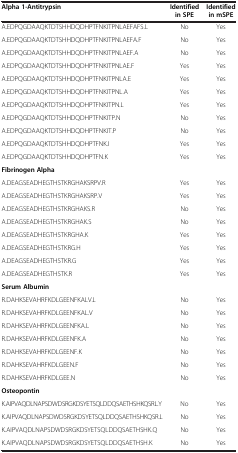
<table><thead><tr><td><b>Alpha 1-Antitrypsin</b></td><td><b>Identified in SPE</b></td><td><b>Identified in mSPE</b></td></tr></thead><tbody><tr><td>A.EDPQGDAAQKTDTSHHDQDHPTFNKITPNLAEFAFS.L</td><td>No</td><td>Yes</td></tr><tr><td>A.EDPQGDAAQKTDTSHHDQDHPTFNKITPNLAEFA.F</td><td>No</td><td>Yes</td></tr><tr><td>A.EDPQGDAAQKTDTSHHDQDHPTFNKITPNLAEF.A</td><td>No</td><td>Yes</td></tr><tr><td>A.EDPQGDAAQKTDTSHHDQDHPTFNKITPNLAE.F</td><td>Yes</td><td>Yes</td></tr><tr><td>A.EDPQGDAAQKTDTSHHDQDHPTFNKITPNLA.E</td><td>Yes</td><td>Yes</td></tr><tr><td>A.EDPQGDAAQKTDTSHHDQDHPTFNKITPNL.A</td><td>Yes</td><td>Yes</td></tr><tr><td>A.EDPQGDAAQKTDTSHHDQDHPTFNKITPN.L</td><td>Yes</td><td>Yes</td></tr><tr><td>A.EDPQGDAAQKTDTSHHDQDHPTFNKITP.N</td><td>No</td><td>Yes</td></tr><tr><td>A.EDPQGDAAQKTDTSHHDQDHPTFNKIT.P</td><td>No</td><td>Yes</td></tr><tr><td>A.EDPQGDAAQKTDTSHHDQDHPTFNK.I</td><td>Yes</td><td>Yes</td></tr><tr><td>A.EDPQGDAAQKTDTSHHDQDHPTFN.K</td><td>Yes</td><td>Yes</td></tr><tr><td><b>Fibrinogen Alpha</b></td><td> </td><td> </td></tr><tr><td>A.DEAGSEADHEGTHSTKRGHAKSRPV.R</td><td>Yes</td><td>Yes</td></tr><tr><td>A.DEAGSEADHEGTHSTKRGHAKSRP.V</td><td>Yes</td><td>Yes</td></tr><tr><td>A.DEAGSEADHEGTHSTKRGHAKS.R</td><td>No</td><td>Yes</td></tr><tr><td>A.DEAGSEADHEGTHSTKRGHAK.S</td><td>No</td><td>Yes</td></tr><tr><td>A.DEAGSEADHEGTHSTKRGHA.K</td><td>Yes</td><td>Yes</td></tr><tr><td>A.DEAGSEADHEGTHSTKRG.H</td><td>Yes</td><td>Yes</td></tr><tr><td>A.DEAGSEADHEGTHSTKR.G</td><td>Yes</td><td>Yes</td></tr><tr><td>A.DEAGSEADHEGTHSTK.R</td><td>Yes</td><td>Yes</td></tr><tr><td><b>Serum Albumin</b></td><td> </td><td> </td></tr><tr><td>R.DAHKSEVAHRFKDLGEENFKALV.L</td><td>No</td><td>Yes</td></tr><tr><td>R.DAHKSEVAHRFKDLGEENFKAL.V</td><td>No</td><td>Yes</td></tr><tr><td>R.DAHKSEVAHRFKDLGEENFKA.L</td><td>No</td><td>Yes</td></tr><tr><td>R.DAHKSEVAHRFKDLGEENFK.A</td><td>No</td><td>Yes</td></tr><tr><td>R.DAHKSEVAHRFKDLGEENF.K</td><td>No</td><td>Yes</td></tr><tr><td>R.DAHKSEVAHRFKDLGEEN.F</td><td>No</td><td>Yes</td></tr><tr><td>R.DAHKSEVAHRFKDLGEE.N</td><td>No</td><td>Yes</td></tr><tr><td><b>Osteopontin</b></td><td> </td><td> </td></tr><tr><td>K.AIPVAQDLNAPSDWDSRGKDSYETSQLDDQSAETHSHKQSRL.Y</td><td>No</td><td>Yes</td></tr><tr><td>K.AIPVAQDLNAPSDWDSRGKDSYETSQLDDQSAETHSHKQSR.L</td><td>No</td><td>Yes</td></tr><tr><td>K.AIPVAQDLNAPSDWDSRGKDSYETSQLDDQSAETHSHK.Q</td><td>No</td><td>Yes</td></tr><tr><td>K.AIPVAQDLNAPSDWDSRGKDSYETSQLDDQSAETHSH.K</td><td>No</td><td>Yes</td></tr></tbody></table>